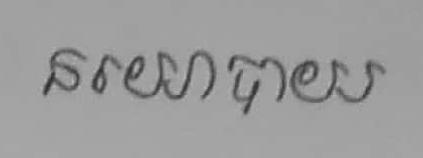
នយោបាយ